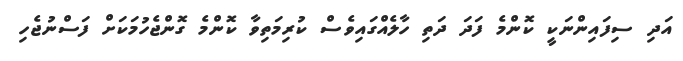
އަދި ސިފައިންނަކީ ކޮންމެ ފަދަ ދަތި ހާލެއްގައިވެސް ކުރިމަތިވާ ކޮންމެ ގޮންޖެހުމަކަށް ފަސްނުޖެހި